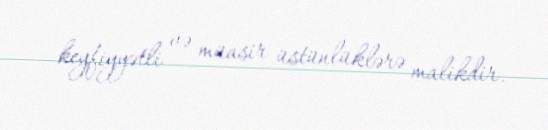
keyfiyyətli və müasir üstünlüklərə malikdir.